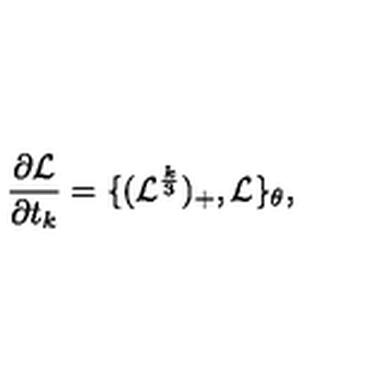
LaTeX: \frac { \partial { \mathcal L } } { \partial t _ { k } } = \{ ( { \mathcal L } ^ { \frac { k } { 3 } } ) _ { + } , { \mathcal L } \} _ { \theta } ,